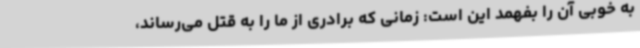
به خوبی آن را بفهمد این است: زمانی که برادری از ما را به قتل می‌رساند،